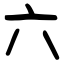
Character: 六